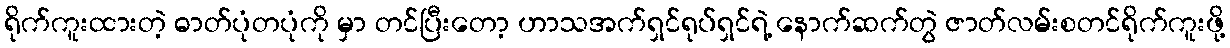
ရိုက်ကူးထားတဲ့ ဓာတ်ပုံတပုံကို မှာ တင်ပြီးတော့ ဟာသအက်ရှင်ရုပ်ရှင်ရဲ့ နောက်ဆက်တွဲ ဇာတ်လမ်းစတင်ရိုက်ကူးဖို့